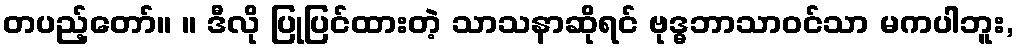
တပည့်တော်။ ။ ဒီလို ပြုပြင်ထားတဲ့ သာသနာဆိုရင် ဗုဒ္ဓဘာသာဝင်သာ မကပါဘူး,